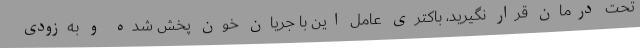
تحت درمان قرار نگیرید، باکتری عامل این با جریان خون پخش شده و به‌زودی